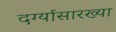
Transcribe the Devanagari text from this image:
दर्ग्यासारख्या